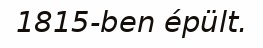
1815-ben épült.